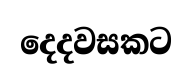
දෙදවසකට